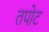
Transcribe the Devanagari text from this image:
तपोट